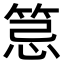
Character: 𥭜